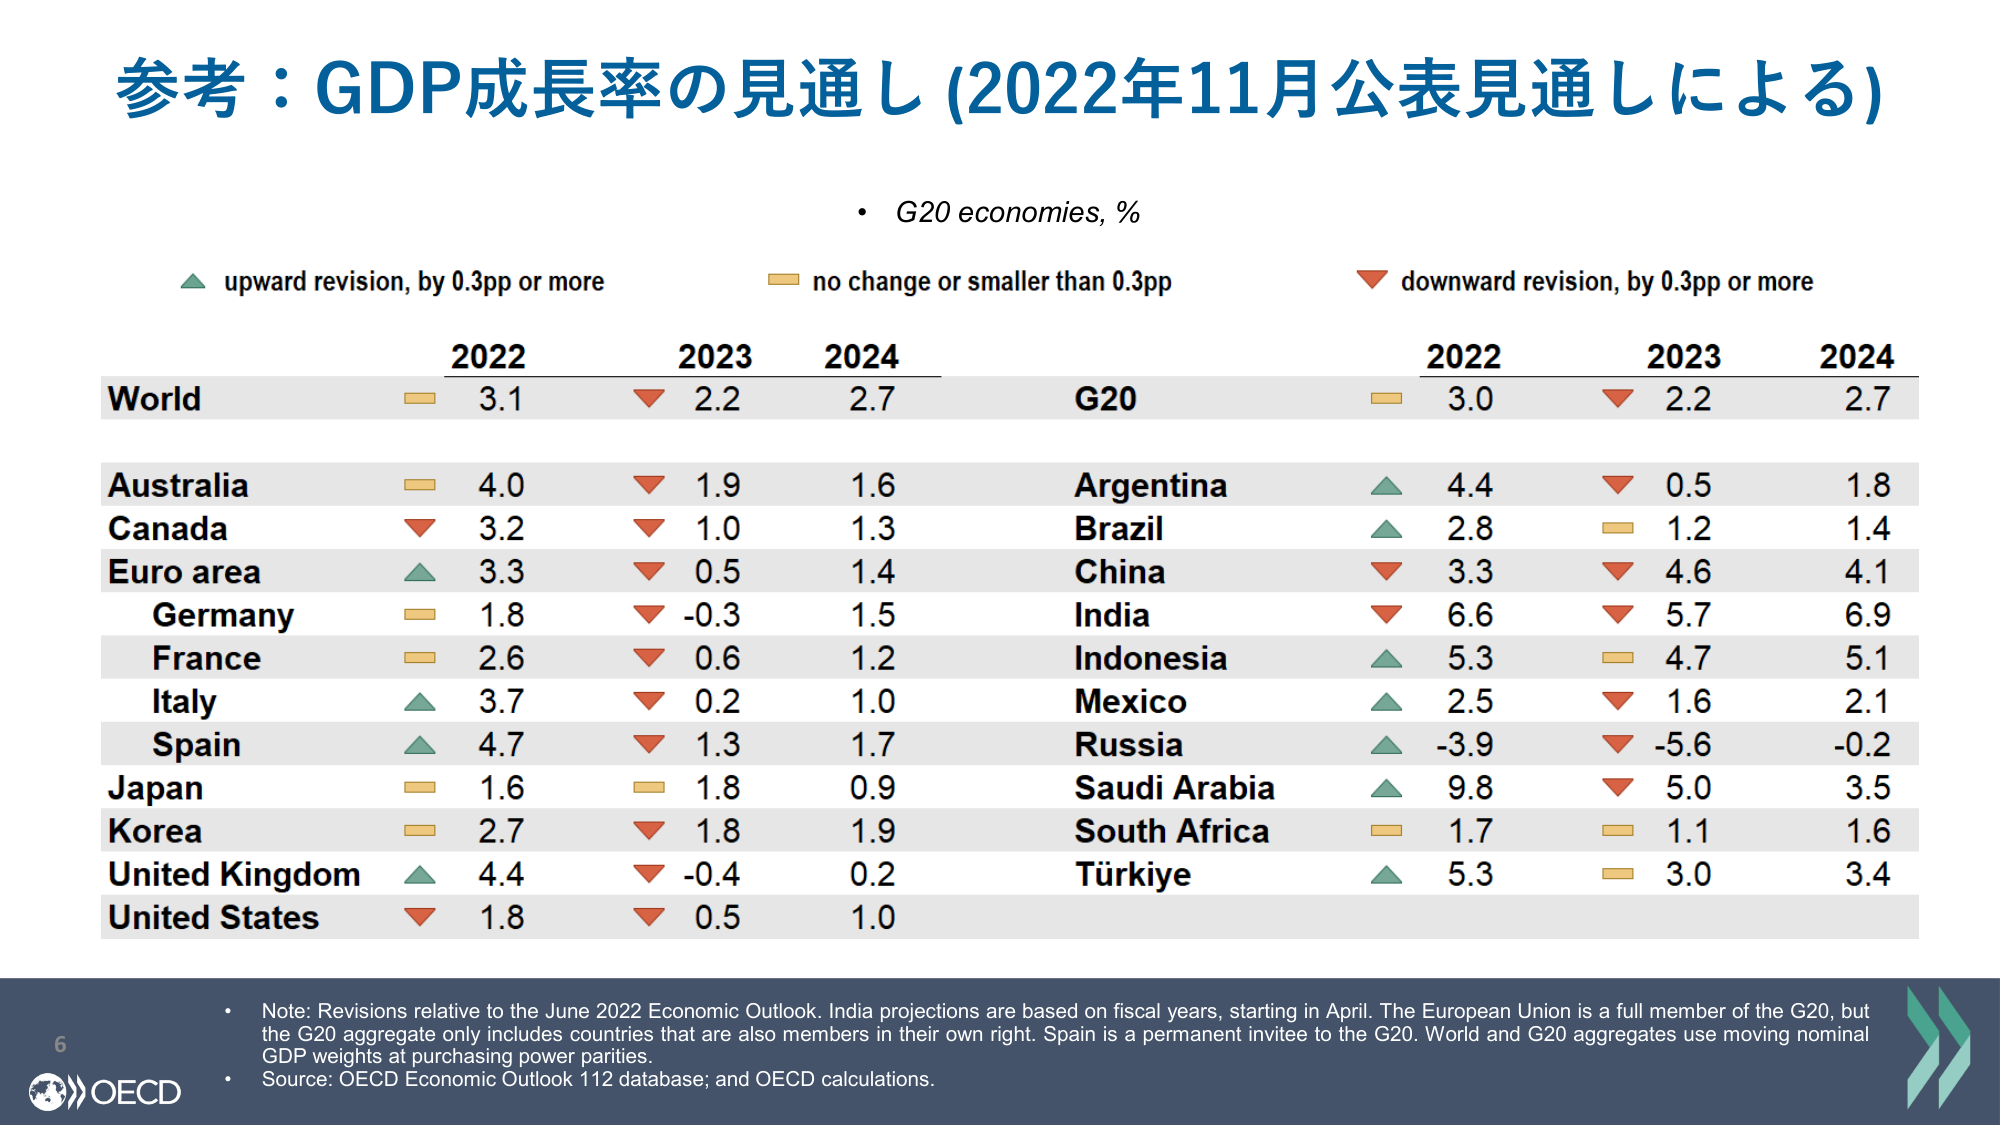
参考：GDP成長率の見通し (2022年11月公表見通しによる)

• G20 economies, %

▲ upward revision, by 0.3pp or more
■ no change or smaller than 0.3pp
▼ downward revision, by 0.3pp or more

2022    2023    2024
World   ■ 3.1   ▼ 2.2   2.7
        G20     2022    2023    2024
                ■ 3.0   ▼ 2.2   2.7

Australia   ■ 4.0   ▼ 1.9   1.6
Canada      ▼ 3.2   ▼ 1.0   1.3
Euro area   ▲ 3.3   ▼ 0.5   1.4
Germany     ■ 1.8   ▼ -0.3  1.5
France      ■ 2.6   ▼ 0.6   1.2
Italy       ▲ 3.7   ▼ 0.2   1.0
Spain       ▲ 4.7   ▼ 1.3   1.7
Japan       ■ 1.6   ■ 1.8   0.9
Korea       ■ 2.7   ▼ 1.8   1.9
United Kingdom ▲ 4.4   ▼ -0.4  0.2
United States ▼ 1.8   ▼ 0.5   1.0

Argentina   ▲ 4.4   ▼ 0.5   1.8
Brazil      ▲ 2.8   ■ 1.2   1.4
China       ▼ 3.3   ▼ 4.6   4.1
India       ▼ 6.6   ▼ 5.7   6.9
Indonesia   ▲ 5.3   ■ 4.7   5.1
Mexico      ▲ 2.5   ▼ 1.6   2.1
Russia      ▲ -3.9  ▼ -5.6  -0.2
Saudi Arabia ▲ 9.8   ▼ 5.0   3.5
South Africa ■ 1.7   ■ 1.1   1.6
Türkiye     ▲ 5.3   ■ 3.0   3.4

• Note: Revisions relative to the June 2022 Economic Outlook. India projections are based on fiscal years, starting in April. The European Union is a full member of the G20, but the G20 aggregate only includes countries that are also members in their own right. Spain is a permanent invitee to the G20. World and G20 aggregates use moving nominal GDP weights at purchasing power parities.
• Source: OECD Economic Outlook 112 database; and OECD calculations.

6
OECD